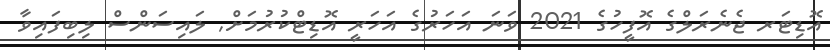
އޮޑިޓަރ ޖެނެރަލްގެ އޮފީހުގެ 2021 ވަނަ އަހަރުގެ އަހަރީ އޮޑިޓްކުރުމަށް